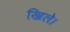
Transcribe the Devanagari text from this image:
खिले।